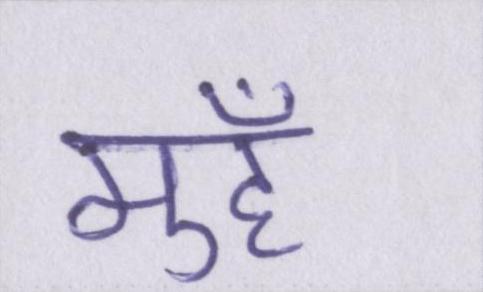
मुहँ